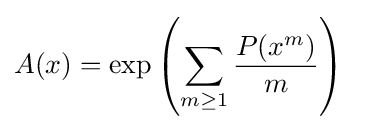
A(x)=\exp \left({\sum _{m\geq 1}{\frac {P(x^{m})}{m}}}\right)\